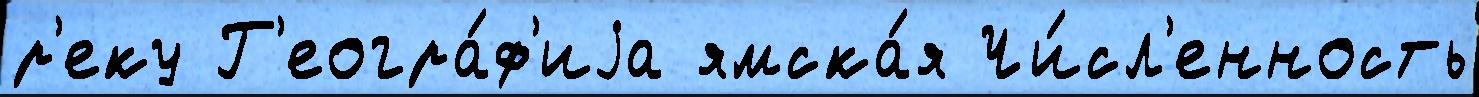
р'еку Г'еогра́ф'иjа ямска́я Чи́сл'енность